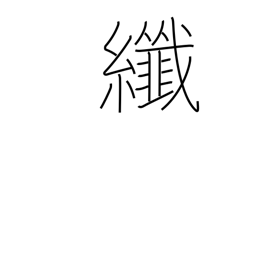
Meaning: fine